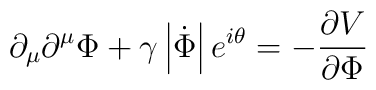
\partial _\mu \partial ^\mu \Phi +\gamma \left| \dot \Phi \right|e^{i\theta }=-\frac{\partial V}{\partial \Phi }